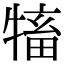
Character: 𤛅